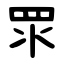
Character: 眔